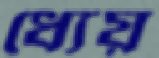
ধ্যেয়